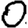
Digit: 0